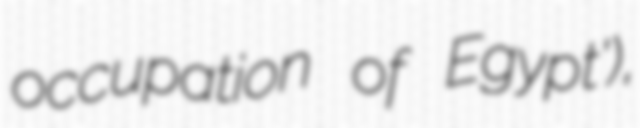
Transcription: occupation of Egypt'),